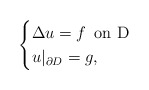
\begin{align*}\begin{cases}\Delta u=f \,\textrm{ on D} \\u|_{\partial D}=g, \end{cases}\end{align*}